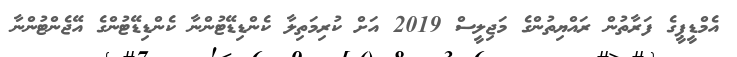
އެމްޑީޕީގެ ފަރާތުން ރައްޔިތުންގެ މަޖިލީސް 2019 އަށް ކުރިމަތިލާ ކެންޑިޑޭޓުންނާ ކެންޑިޑޭޓުންގެ އޭޖެންޓުންނާ